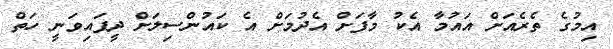
އިމުގެ ތެރެއަށް އައުމާ އެކު މާފަށް އެދުމަށް އެ ކައުންސިލަށް ދީފައިވަނީ ހަތް